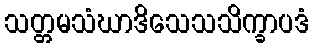
သတ္တမသံဃာဒိသေသသိက္ခာပဒံ